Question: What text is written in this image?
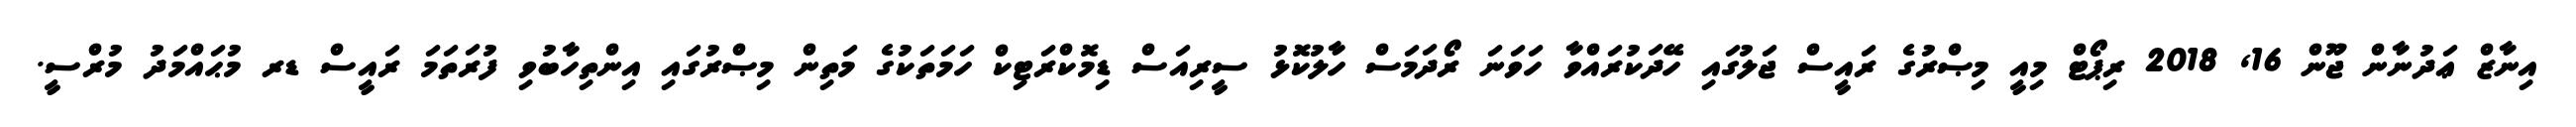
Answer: އިނާޒް ޢަދުނާން ޖޫން 16, 2018 ރިޕޯޓް މިއީ މިޞްރުގެ ރައީސް ޖަލުގައި ހޭދަކުރައްވާ ހަވަނަ ރޯދަމަސް ހާލުކޮޅު ސީރިއަސް ޑިމޮކްރަޓިކް ހަމަތަކުގެ މަތިން މިޞްރުގައި އިންތިހާބުވި ފުރަތަމަ ރައީސް ޑރ މުޙައްމަދު މުރްސީ.